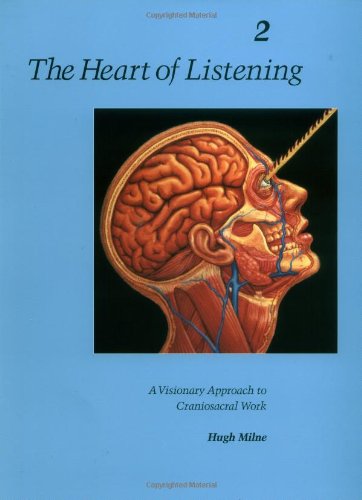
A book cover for The Heart of Listening: A Visionary Approach to Craniosacral Work: Anatomy, Technique, Transcendence, Volume 2 (Heart of Listening Vol. 2); Hugh Milne; Health, Fitness & Dieting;